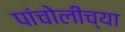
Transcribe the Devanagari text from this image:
पांचोलीच्या